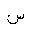
Letter: _sin